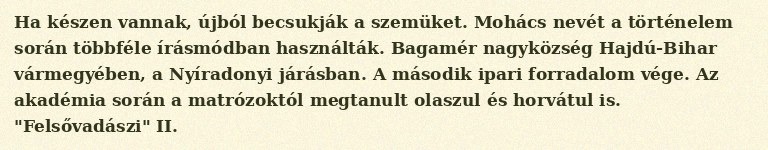
Ha készen vannak, újból becsukják a szemüket. Mohács nevét a történelem során többféle írásmódban használták. Bagamér nagyközség Hajdú-Bihar vármegyében, a Nyíradonyi járásban. A második ipari forradalom vége. Az akadémia során a matrózoktól megtanult olaszul és horvátul is. "Felsővadászi" II.